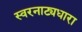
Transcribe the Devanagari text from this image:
स्वरनाट्यधारा